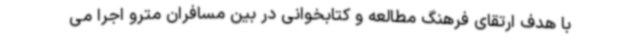
با هدف ارتقای فرهنگ مطالعه و کتابخوانی در بین مسافران مترو اجرا می